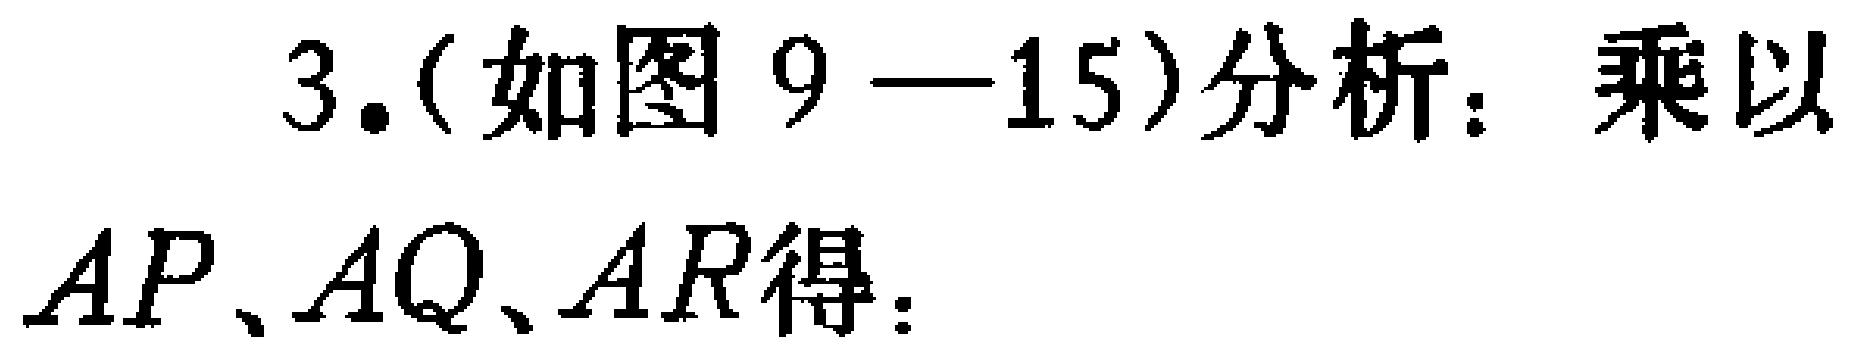
3.(如图9—15)分析：乘以
$AP、AQ、AR$得：